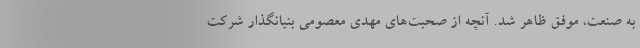
به صنعت، موفق ظاهر شد. آنچه از صحبت‌های مهدی معصومی بنیانگذار شرکت